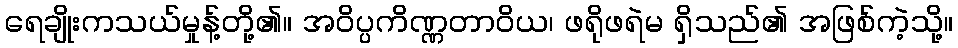
ရေချိုးကသယ်မှုန့်တို့၏။ အဝိပ္ပကိဏ္ဏတာဝိယ၊ ဖရိုဖရဲမ ရှိသည်၏ အဖြစ်ကဲ့သို့။